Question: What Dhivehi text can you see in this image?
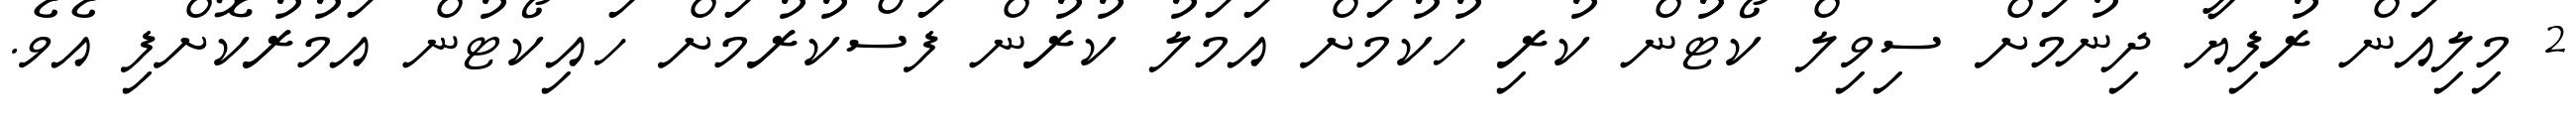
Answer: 2 މިލިއަން ރުފިޔާ ދިނުމަށް ސިވިލް ކޯޓުން ކުރި ހުކުމަށް އަމަލު ކުރުން ފަސްކުރުމަށް ހައިކޯޓުން އަމުރުކޮށްފި އެވެ.